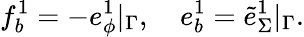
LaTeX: f_{b}^{1}=-e_{\phi}^{1}|_{\Gamma},\quad e_{b}^{1}=\tilde{e}_{\Sigma}^{1}|_{\Gamma}.